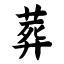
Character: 葬